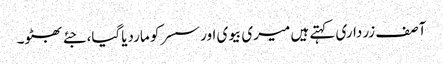
آصف زرداری کہتے ہیں میری بیوی اور سسر کو ماردیاگیا،جئے بھٹو۔